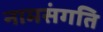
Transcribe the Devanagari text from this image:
नामसंगति